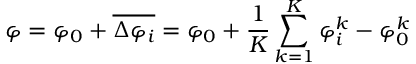
\varphi = \varphi _ { 0 } + \overline { { \Delta \varphi _ { i } } } = \varphi _ { 0 } + \frac { 1 } { K } \sum _ { k = 1 } ^ { K } \varphi _ { i } ^ { k } - \varphi _ { 0 } ^ { k }